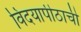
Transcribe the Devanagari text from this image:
विदयापीठाची